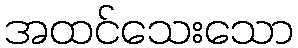
အထင်သေးသော